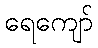
ရေကျော်